Leprosy in India: report of the Leprosy Commission in India, 1890-91
Year: 1890
Disease focus: Leprosy
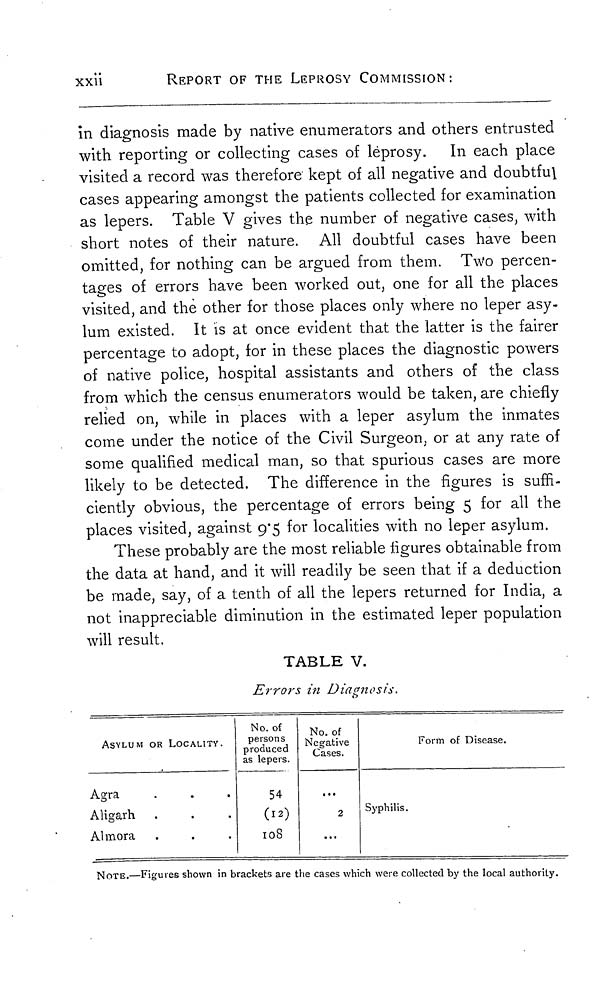
xxii
REPORT OF THE LEPROSY COMMISSION:
in diagnosis made by native enumerators and others entrusted
with reporting or collecting cases of leprosy. In each place
visited a record was therefore kept of all negative and doubtful
cases appearing amongst the patients collected for examination
as lepers. Table V gives the number of negative cases, with
short notes of their nature. All doubtful cases have been
omitted, for nothing can be argued from them. Two percen-
tages of errors have been worked out, one for all the places
visited, and the other for those places only where no leper asy-
lum existed. It is at once evident that the latter is the fairer
percentage to adopt, for in these places the diagnostic powers
of native police, hospital assistants and others of the class
from which the census enumerators would be taken, are chiefly
relied on, while in places with a leper asylum the inmates
come under the notice of the Civil Surgeon, or at any rate of
some qualified medical man, so that spurious cases are more
likely to be detected. The difference in the figures is suffi-
ciently obvious, the percentage of errors being 5 for all the
places visited, against 9*5 for localities with no leper asylum.
These probably are the most reliable figures obtainable from
the data at hand, and it will readily be seen that if a deduction
be made, say, of a tenth of all the lepers returned for India, a
not inappreciable diminution in the estimated leper population
will result.
TABLE V.
Erro?'s in Diagnosis.
ASYLUM OR LOCALITY.
Agra
AHgarh
Almora
No. of
persons
produced
as lepers.
54
(12)
108
No. of
Negative
Cases.
2
Form of Disease.
Syphilis.
NOTE.—Figures shown in brackets are the cases which were collected by the local authoiity.